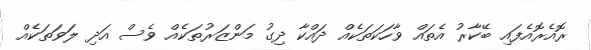
ރޮއެރޮއެފައި ބޭކާރު އެތައް ވާހަކަތަކެއް ދައްކާ ދިގު މަންޒަރުތަކެއް ވެސް އަދި ލަވަތަކެއް